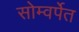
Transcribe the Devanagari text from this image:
सोम्वर्पेत